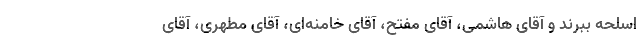
اسلحه ببرند و آقای هاشمی، آقای مفتح، آقای خامنه‌ای، آقای مطهری، آقای